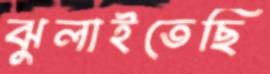
ঝুলাইতেছি